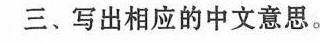
三、写出相应的中文意思。